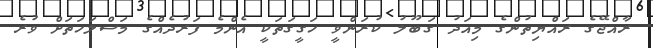
ރާއްޖޭގެ ރައްޔިތުންގެ މިއަދު ގަބޫލު ކުރަންވީ ހަގީގަތަކީ އެންމެ ފަރުދެއްގެ މަސްލަހަތަށް ވުރެ